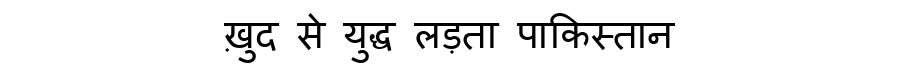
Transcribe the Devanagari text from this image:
ख़ुद से युद्ध लड़ता पाकिस्तान